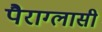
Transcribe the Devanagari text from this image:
पैराग्लासी